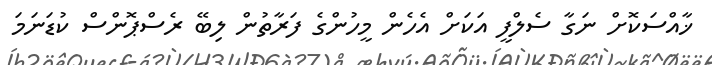
ޚާއްސަކޮށް ނަގާ ސެލްފީ އަކަށް އެހެން މީހުންގެ ފަރާތުން ލިބޭ ރެސްޕޮންސް ކުޑަނަމަ